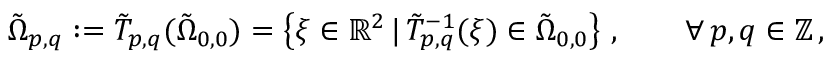
\tilde { \Omega } _ { p , q } : = \tilde { T } _ { p , q } ( \tilde { \Omega } _ { 0 , 0 } ) = \left\{ \boldsymbol { \xi } \in \mathbb { R } ^ { 2 } \, \vert \, \tilde { T } _ { p , q } ^ { - 1 } ( \boldsymbol { \xi } ) \in \tilde { \Omega } _ { 0 , 0 } \right\} \, , \qquad \forall \, p , q \in \mathbb { Z } \, ,